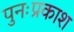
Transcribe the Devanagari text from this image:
पुनःप्रकाश